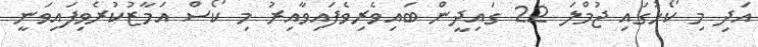
އަދި މި ކޯހުގައި ޖުމްލަ 22 ގައިދީން ބައިވެރިވެފައިވާއިރު މި ކޯސް އަމާޒުކުރެވިފައިވަނީ